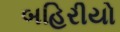
બહિરીયો